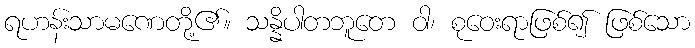
ရဟန်းသာမဏေတို့၏။ သန္နိပါတဘူတေ ဝါ၊ စုဝေးရာဖြစ်၍ ဖြစ်သော